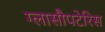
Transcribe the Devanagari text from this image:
ग्लासौपटेरिस